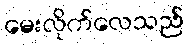
မေးလိုက်လေသည်